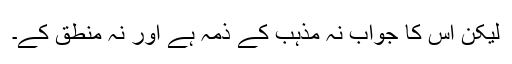
لیکن اس کا جواب نہ مذہب کے ذمہ ہے اور نہ منطق کے۔